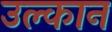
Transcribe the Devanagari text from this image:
उल्कान